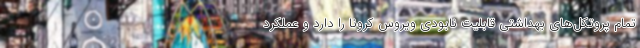
تمام پروتکل‌های بهداشتی قابلیت نابودی ویروس کرونا را دارد و عملکرد